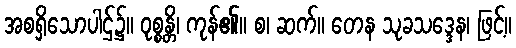
အစရှိသောပါဌ်၌။ ဝုစ္စန္တိ၊ ကုန်၏။ စ၊ ဆက်။ တေန သုခသဒ္ဒေန၊ ဖြင့်။